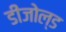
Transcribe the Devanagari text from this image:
डीजोल्ड